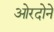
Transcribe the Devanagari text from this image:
ओरदोने